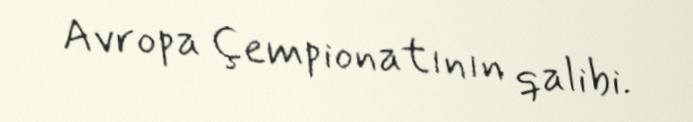
Avropa Çempionatının qalibi.